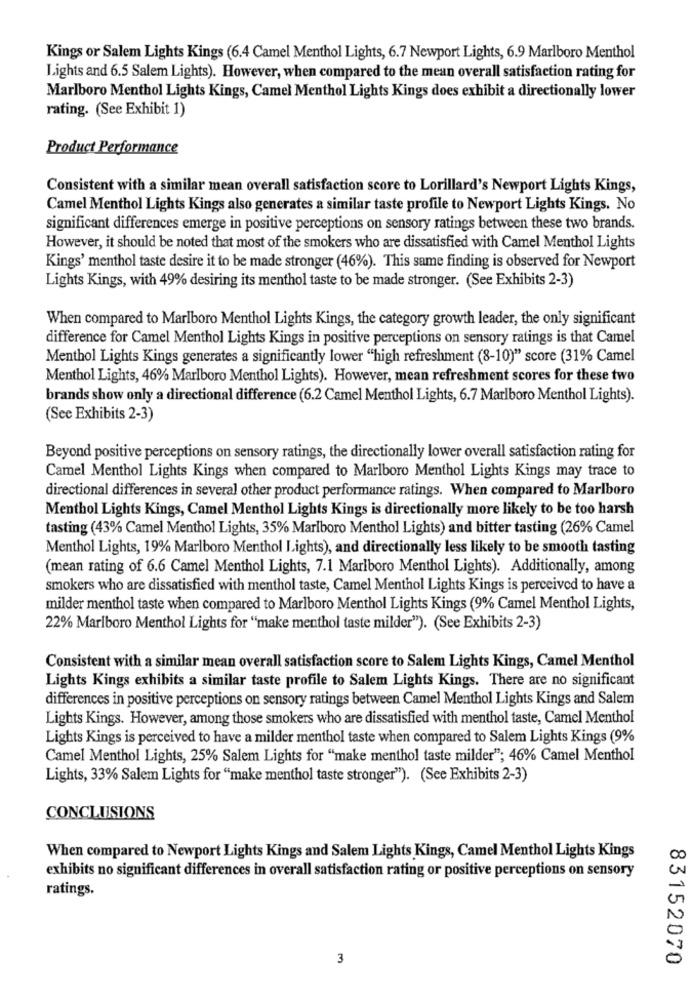
Kings or Salem Lights Kings (6.4 Camel Menthol Lights, 6.7 Newport Lights, 6.9 Marlboro Menthol
Lights and 6.5 Salem Lights). However, when compared to the mean overall satisfaction rating for
Marlboro Menthol Lights Kings, Camel Menthol Lights Kings does exhibit a directionally lower
rating. (See Exhibit 1)
Product Performance
Consistent with a similar mean overall satisfaction score to Lorillard's Newport Lights Kings,
Camel Menthol Lights Kings also generates a similar taste profile to Newport Lights Kings. No
significant differences emerge in positive perceptions on sensory ratings between these two brands.
However, it should be noted that most of the smokers who are dissatisfied with Camel Menthol Lights
Kings' menthol taste desire it to be made stronger (46%). This same finding is observed for Newport
Lights Kings, with 49% desiring its menthol taste to be made stronger. (See Exhibits 2-3)
When compared to Marlboro Menthol Lights Kings, the category growth leader, the only significant
difference for Camel Menthol Lights Kings in positive perceptions on sensory ratings is that Camel
Menthol Lights Kings generates a significantly lower "high refreshment (8-10)" score (31% Camel
Menthol Lights, 46% Marlboro Menthol Lights). However, mean refreshment scores for these two
brands show only a directional difference (6.2 Camel Menthol Lights, 6.7 Marlboro Menthol Lights).
(See Exhibits 2-3)
Beyond positive perceptions on sensory ratings, the directionally lower overall satisfaction rating for
Camel Menthol Lights Kings when compared to Marlboro Menthol Lights Kings may trace to
directional differences in several other product performance ratings. When compared to Marlboro
Menthol Lights Kings, Camel Menthol Lights Kings is directionally more likely to be too harsh
tasting (43% Camel Menthol Lights, 35% Marlboro Menthol Lights) and bitter tasting (26% Camel
Menthol Lights, 19% Marlboro Menthol Lights), and directionally less likely to be smooth tasting
(mean rating of 6.6 Camel Menthol Lights, 7.1 Marlboro Menthol Lights). Additionally, among
smokers who are dissatisfied with menthol taste, Camel Menthol Lights Kings is perceived to have a
milder menthol taste when compared to Marlboro Menthol Lights Kings (9% Camel Menthol Lights,
22% Marlboro Menthol Lights for "make menthol taste milder"). (See Exhibits 2-3)
Consistent with a similar mean overall satisfaction score to Salem Lights Kings, Camel Menthol
Lights Kings exhibits a similar taste profile to Salem Lights Kings. There are no significant
differences in positive perceptions on sensory ratings between Camel Menthol Lights Kings and Salem
Lights Kings. However, among those smokers who are dissatisfied with menthol taste, Camel Menthol
Lights Kings is perceived to have a milder menthol taste when compared to Salem Lights Kings (9%
Camel Menthol Lights, 25% Salem Lights for "make menthol taste milder"; 46% Camel Menthol
Lights, 33% Salem Lights for "make menthol taste stronger"). (See Exhibits 2-3)
CONCLUSIONS
When compared to Newport Lights Kings and Salem Lights Kings, Camel Menthol Lights Kings
exhibits no significant differences in overall satisfaction rating or positive perceptions on sensory
ratings.
3
83152070